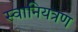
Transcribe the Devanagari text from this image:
स्वानियत्रण